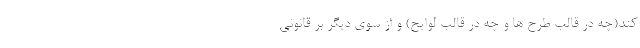
کند(چه در قالب طرح ها و چه در قالب لوایح) و از سوی دیگر بر قانونی